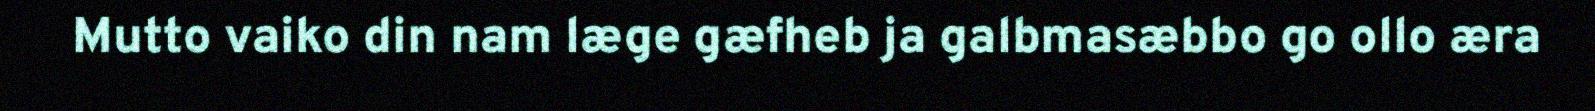
Mutto vaiko din nam læge gæfheb ja galbmasæbbo go ollo æra